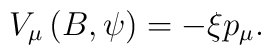
V_{\mu }\left( B,\psi \right) =-\xi p_{\mu }.